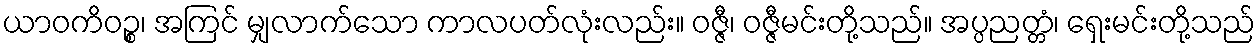
ယာဝကိဝဉ္စ၊ အကြင် မျှလာက်သော ကာလပတ်လုံးလည်း။ ဝဇ္ဇီ၊ ဝဇ္ဇီမင်းတို့သည်။ အပ္ပညတ္တံ၊ ရှေးမင်းတို့သည်